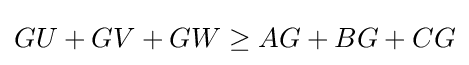
GU+GV+GW\geq AG+BG+CG